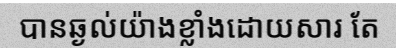
បានឆ្ងល់យ៉ាងខ្លាំងដោយសារ តែ